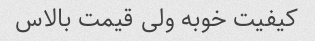
کیفیت خوبه ولی قیمت بالاس